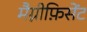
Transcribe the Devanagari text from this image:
मैग्नीफ़िसेंट